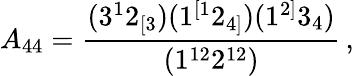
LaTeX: A_{44}=\frac{(3^{1}2_{[3})(1^{[1}2_{4]})(1^{2]}3_{4})}{(1^{12}2^{12})}\, ,